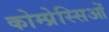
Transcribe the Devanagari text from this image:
कोम्प्रेस्सिओं